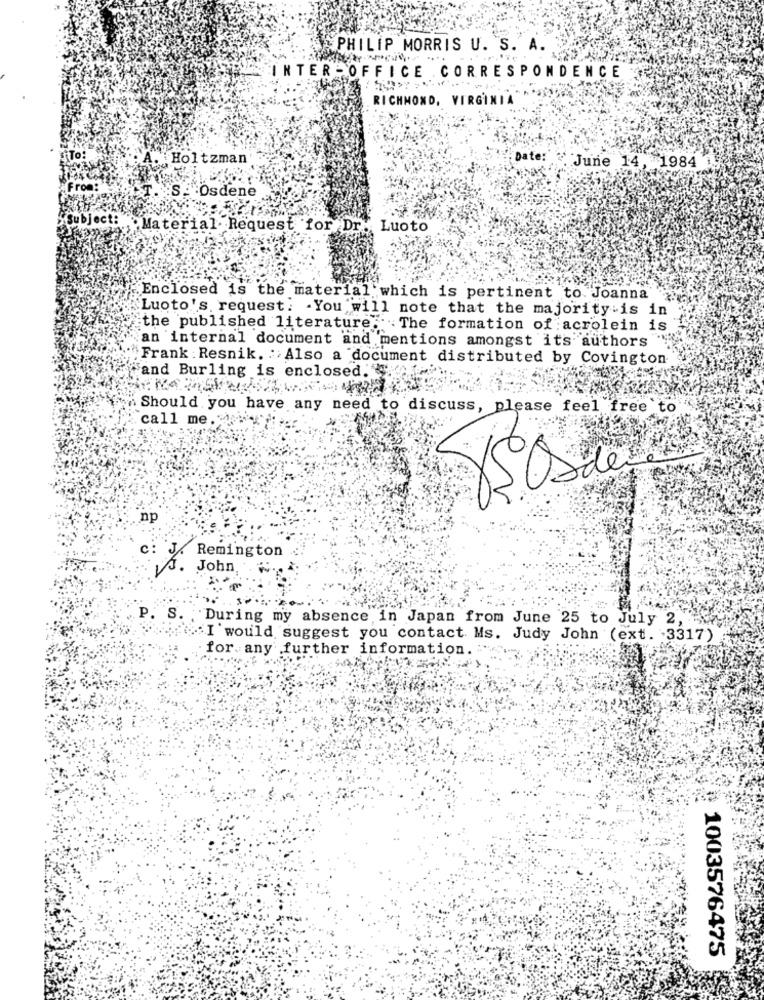
PHILIP MORRIS U. S. A.
INTER - OFFICE .CORRESPONDENCE
RICHMOND, VIRGINIA
Holtzman
Date:
June 14, 1984
:S: Osdene
ubject:"
Material Request for Dr.
Luoto
Enclosed is the material which is pertinent to. Joanna
Luoto's. request. You will note that the majority is in
the published literature;
X. . The formation of acrolein is
an internal document and mentions amongst its authors
Frank : Resnik. : Also a document distributed by Covington
"and Burling is enclosed. "-
Should you have any need to discuss, please feel free to
call me.
Remington
A. John
P. S. During my absence in Japan from June 25 to July 2,
I would suggest you contact Ms. Judy John (ext. 3317)
for any further information.
1003576475